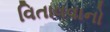
વિતાવવાનો